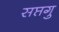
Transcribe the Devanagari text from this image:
सप्तगु